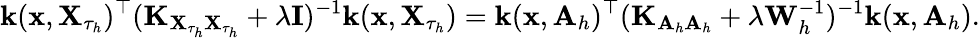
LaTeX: \mathbf{k}(\mathbf{x},\mathbf{X}_{\tau_{h}})^{\top}(\mathbf{K}_{\mathbf{X}_{\tau_{h}}\mathbf{X}_{\tau_{h}}}+\lambda\mathbf{I})^{-1}\mathbf{k}(\mathbf{x},\mathbf{X}_{\tau_{h}})=\mathbf{k}(\mathbf{x},\mathbf{A}_{h})^{\top}(\mathbf{K}_{\mathbf{A}_{h}\mathbf{A}_{h}}+\lambda\mathbf{W}_{h}^{-1})^{-1}\mathbf{k}(\mathbf{x},\mathbf{A}_{h}).